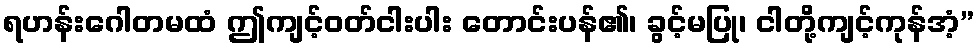
ရဟန်းဂေါတမထံ ဤကျင့်ဝတ်ငါးပါး တောင်းပန်၏၊ ခွင့်မပြု၊ ငါတို့ကျင့်ကုန်အံ့”